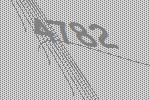
4782